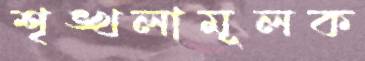
শৃঙ্খলামূলক